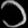
Digit: ၁